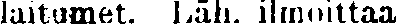
laitumet. Läh. ilmoittaa